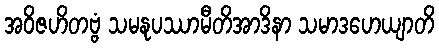
အဝိဇဟိတဗ္ဗံ သမနုပဿာမီတိအာဒိနာ သမာဒဟေယျာတိ